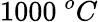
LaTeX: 1000\ ^{o}C